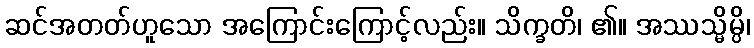
ဆင်အတတ်ဟူသော အကြောင်းကြောင့်လည်း။ သိက္ခတိ၊ ၏။ အဿသ္မိမ္ပိ၊